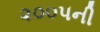
૨૦૦૫ની